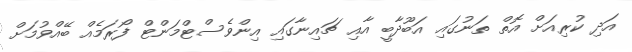
އަދި ކުރިއަށް އޮތް ތަނުގައި އަބޫދާބީ އާއި ޗައިނާގައި އިންވެސްޓްމަންޓް ފޯރަމެއް ބޭއްވުމަށް